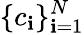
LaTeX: \{ c_{\mathbf{i}}\} _{\mathbf{i}=1}^{N}